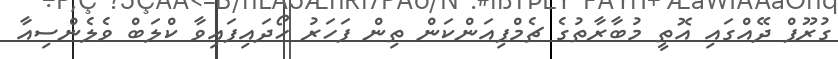
ގުރޫޕް ދޭއްގައި އޮތީ މުބާރާތުގެ ޗެމްޕިއަންކަން ތިން ފަހަރު ހޯދައިފައިވާ ކްލަބް ވެލެންސިއާ